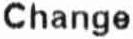
CHANGE